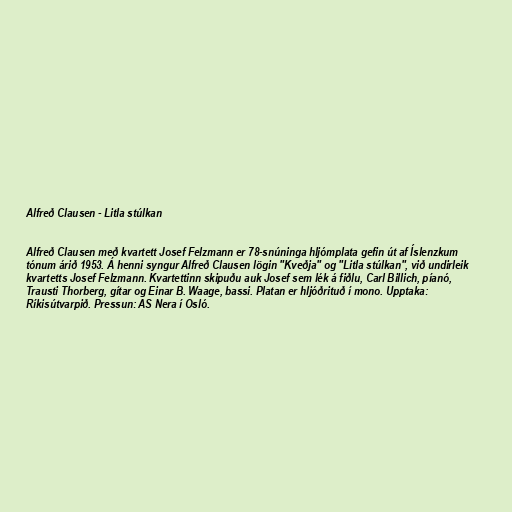
Alfreð Clausen - Litla stúlkan

Alfreð Clausen með kvartett Josef Felzmann er 78-snúninga hljómplata gefin út af Íslenzkum
tónum árið 1953. Á henni syngur Alfreð Clausen lögin "Kveðja" og "Litla stúlkan", við undirleik
kvartetts Josef Felzmann. Kvartettinn skipuðu auk Josef sem lék á fiðlu, Carl Billich, píanó,
Trausti Thorberg, gítar og Einar B. Waage, bassi. Platan er hljóðrituð í mono. Upptaka:
Ríkisútvarpið. Pressun: AS Nera í Osló.